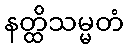
နတ္ထိသမ္မတံ